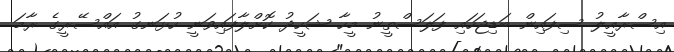
އިސްރާއީލު ސިފައިން ބަޑިޖަހައި ފަލަސްތީނު މީހާ ޝަހީދު ކޮށްލާފައިވަނީ ހުޅަނގު އައްސޭރީގެ ރާމަ